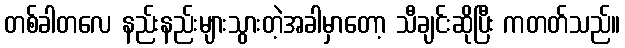
တစ်ခါတလေ နည်းနည်းများသွားတဲ့အခါမှာတော့ သီချင်းဆိုပြီး ကတတ်သည်။